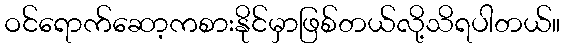
ဝင်ရောက်ဆော့ကစားနိုင်မှာဖြစ်တယ်လို့သိရပါတယ်။